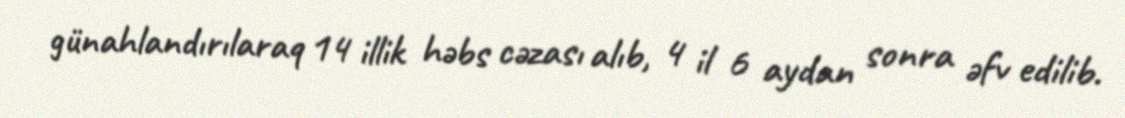
günahlandırılaraq 14 illik həbs cəzası alıb, 4 il 6 aydan sonra əfv edilib.